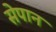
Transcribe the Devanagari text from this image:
सेपान